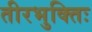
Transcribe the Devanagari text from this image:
तीरभुक्‍तिः